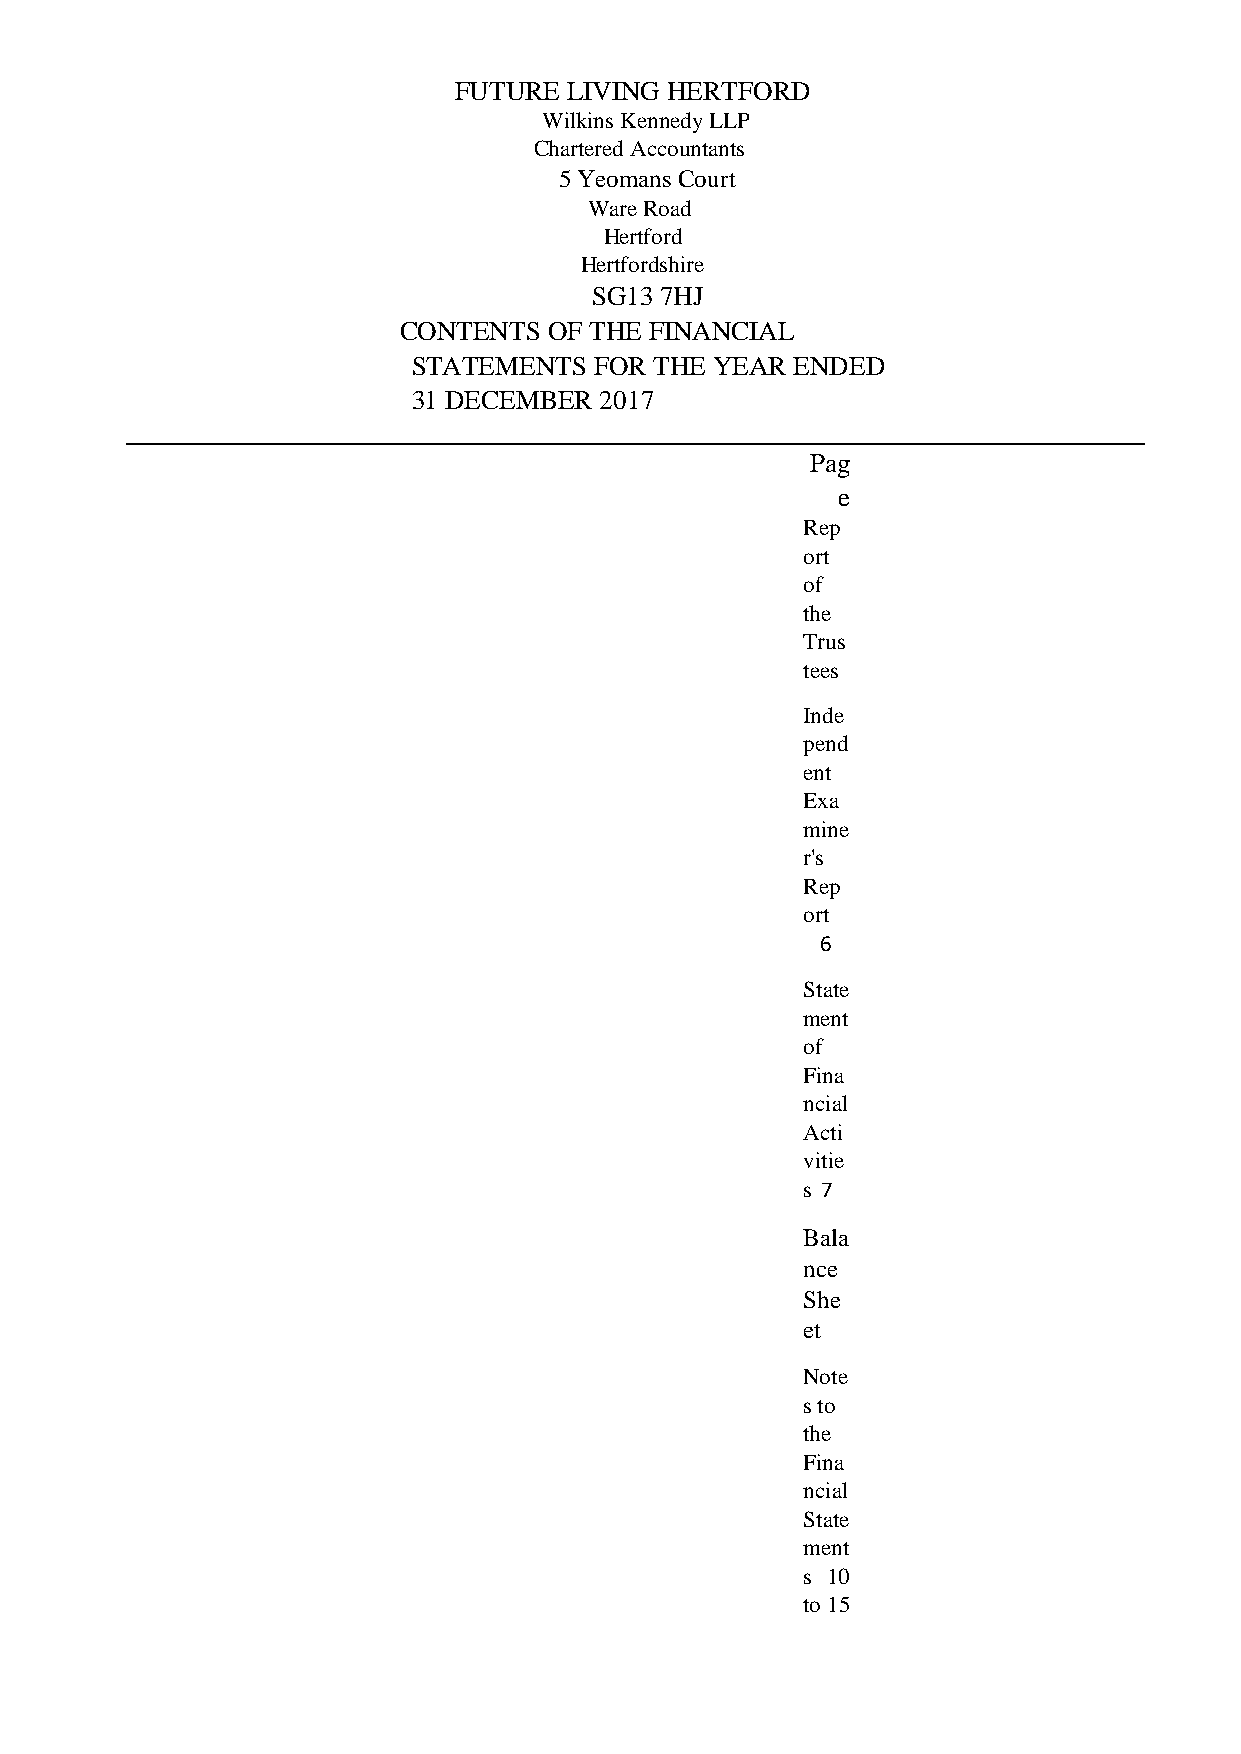
FUTURE  LIVING HERTFORD
 Wilkins Kennedy LLP
 Chartered Accountants
 5 Yeomans Court
 Ware Road
 Hertford
 Hertfordshire
 SG13 7HJ
 CONTENTS  OF THE FINANCIAL
 STATEMENTS  FOR THE YEAR  ENDED
 31 DECEMBER  2017
 Pag
 e
 Rep
 ort
 of
 the
 Trus
 tees
 Inde
 pend
 ent
 Exa
 mine
 r's
 Rep
 ort
 6
 State
 ment
 of
 Fina
 ncial
 Acti
 vitie
 s 7
 Bala
 nce
 She
 et
 Note
 s to
 the
 Fina
 ncial
 State
 ment
 s 10
 to 15